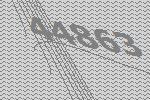
44863